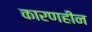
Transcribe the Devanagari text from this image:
कारणहीन